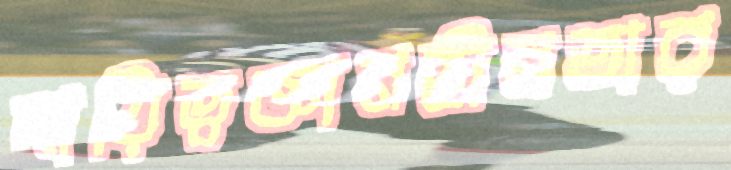
দায়িত্বজ্ঞানহীনতার